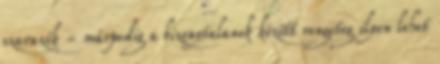
szavazók - márpedig a bizonytalanok között rengeteg ilyen lehet